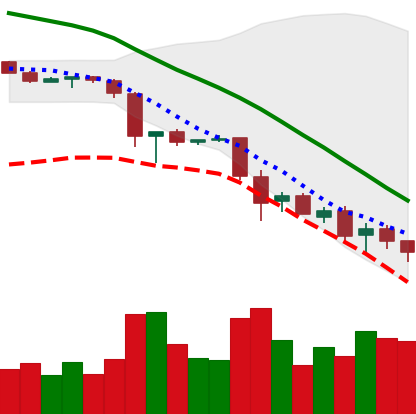
Ticker: EOS-USD
Chart end date: 2018-11-27
Forward return: -5.966%
Label: down_5_7